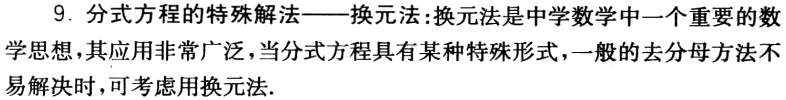
9. 分式方程的特殊解法——换元法:换元法是中学数学中一个重要的数学思想，其应用非常广泛，当分式方程具有某种特殊形式，一般的去分母方法不易解决时，可考虑用换元法.